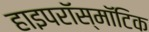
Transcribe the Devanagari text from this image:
हाइपरॉस्मॉटिक